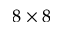
8 \times 8